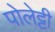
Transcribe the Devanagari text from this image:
पोलेट्टी